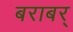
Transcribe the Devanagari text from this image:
बराबर्